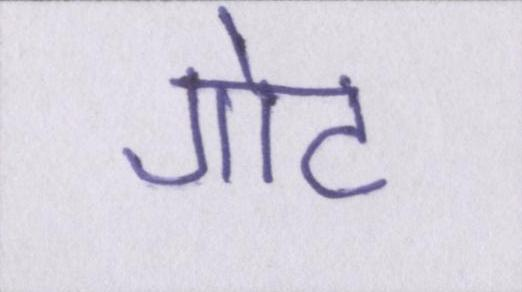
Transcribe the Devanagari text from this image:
गोट